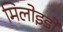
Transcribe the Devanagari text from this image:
मिलोइडो